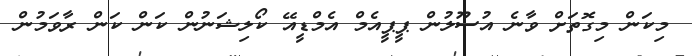
މިކަން މިގޮތަށް ވާނެ އުސޫލުން ޕީޕީއެމް އެމްޑީއޭ ކޯލިޝަނުން ކަން ކަން ރާވަމުން